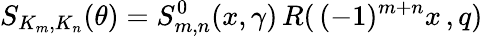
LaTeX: S_{K_{m},K_{n}}(\theta)=S_{m,n}^{0}(x,\gamma)\, R(\, (-1)^{m+n}x\, ,q)\,